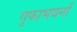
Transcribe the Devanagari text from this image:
गुफाभवनों